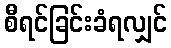
စီရင်ခြင်းခံရလျှင်